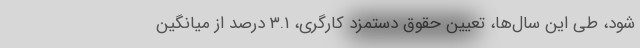
شود، طی این سال‌ها، تعیین حقوق دستمزد کارگری، ۳.۱ درصد از میانگین